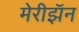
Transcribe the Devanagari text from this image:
मेरीझॅन